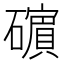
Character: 𥖶